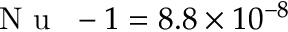
\mathrm { ~ \textit ~ { ~ N ~ u ~ } ~ } - 1 = 8 . 8 \times 1 0 ^ { - 8 }